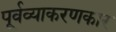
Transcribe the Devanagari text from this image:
पूर्वव्याकरणकार